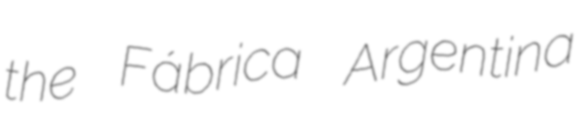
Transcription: the Fábrica Argentina